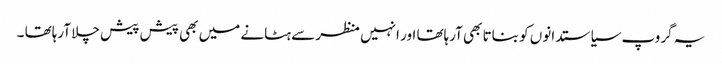
یہ گروپ سیاستدانوں کو بناتا بھی آرہاتھا اور انہیں منظر سے ہٹانے میں بھی پیش پیش چلا آرہاتھا ۔